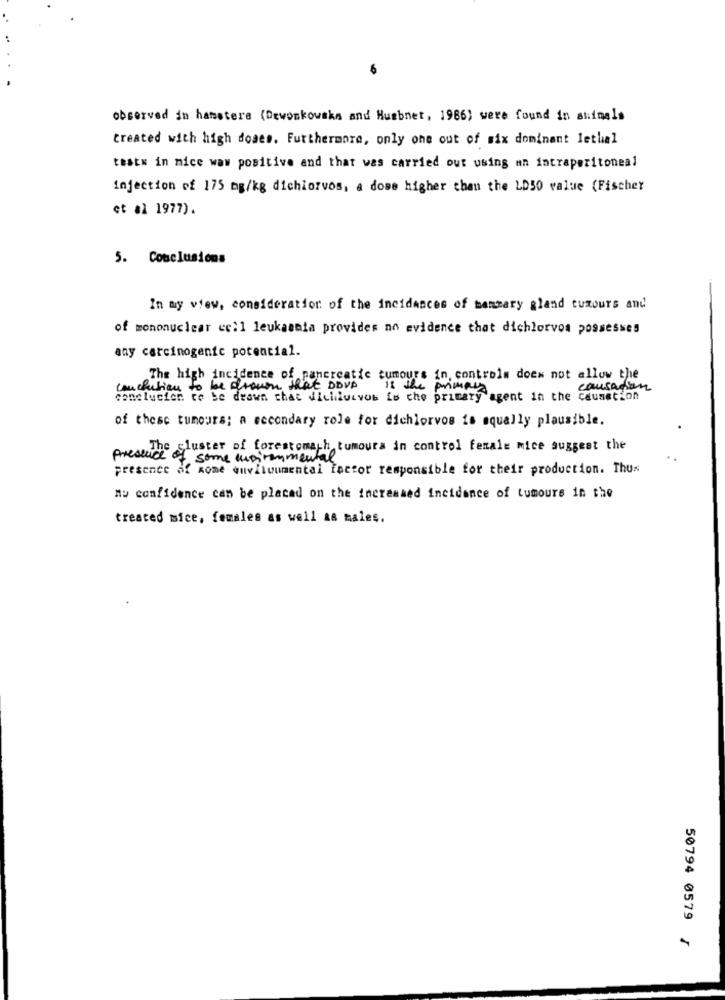
observed in hamsters (Dewonkowska and Husbnet, 1986) were found in animals
treated with high doses. Furthermore, only one out of six dominant lethal
testw in mice waw positive and that was carried out using an intraperitoneal
injection of 175 mg/kg dichiorvos, a dose higher than the LD50 value (Fischer
et al 1977).
5. Conclusions
In my view, consideration of the incidences of mammary gland tuxours and
of mononuclear cc: 1 leukaania provides no evidence that dichlorvos possesses
any carcinogenic potential.
The high incidence of pancreatic tumours in, controls does not allow the
conclution to be drawn that DDVD
is the primary
causation
cone lucien re Se deswa chat dichluivos io che primary agent in the causetion
of these tumours; a secondary role for dichlorvos is equally plausible.
Presenthe cluster of forestomach tumours in control female mice suggest the
some ausiremmental
presence of Rome anvilvumental factor responsible for their production. Thus
nu confidence can be placed on the increased Incidence of tumours in the
treated mice, females as well as males.
50794 0579 /